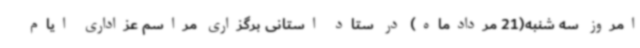
امروز سه شنبه(21 مردادماه) در ستاد استانی برگزاری مراسم عزاداری ایام